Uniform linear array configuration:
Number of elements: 16
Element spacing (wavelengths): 0.5
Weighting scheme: blackman
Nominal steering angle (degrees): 0
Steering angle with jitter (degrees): -0.08006
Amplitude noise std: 0.05
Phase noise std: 0.05

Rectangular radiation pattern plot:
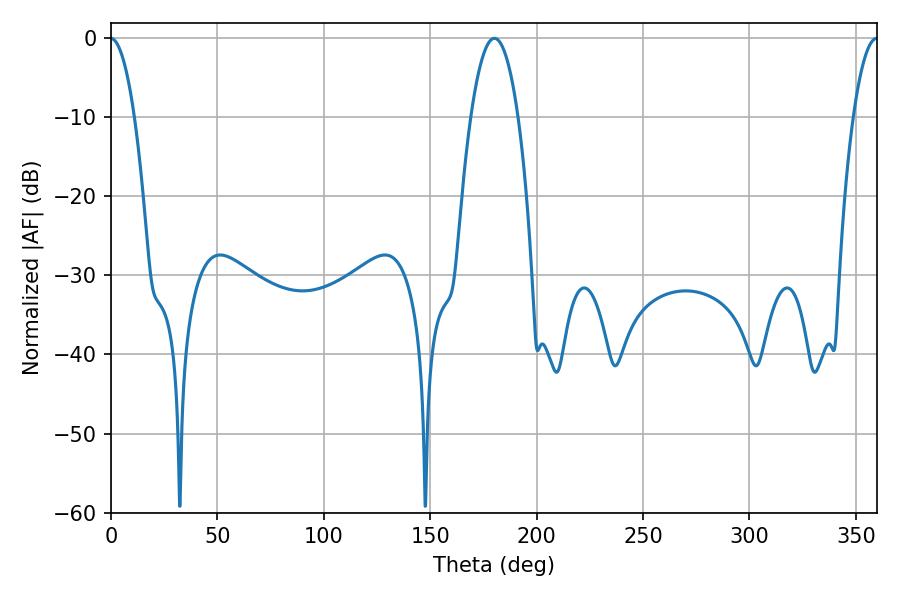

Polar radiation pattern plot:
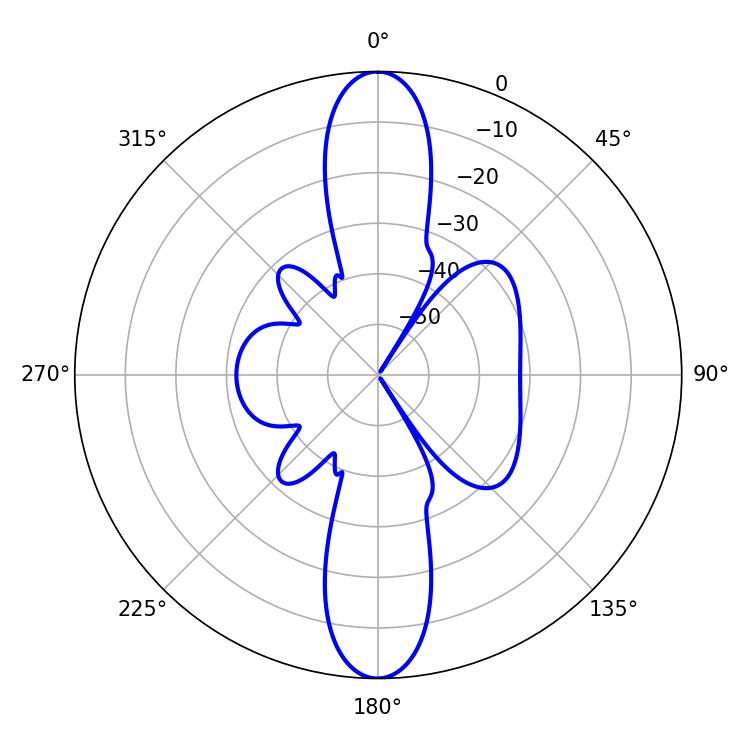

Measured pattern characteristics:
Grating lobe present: FALSE
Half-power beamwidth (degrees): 12.24
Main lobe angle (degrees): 180.18